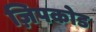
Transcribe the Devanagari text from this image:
ज़िपकोड